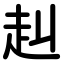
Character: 赳